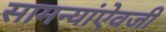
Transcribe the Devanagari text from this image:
सामन्यांऐवजी